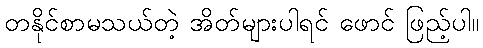
တနိုင်စာမသယ်တဲ့ အိတ်များပါရင် ဖောင် ဖြည့်ပါ။